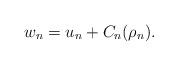
LaTeX: \begin{align*} w_{n} = u_{n} + C_{n}(\rho_{n}).\end{align*}